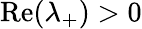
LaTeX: \operatorname{Re}(\lambda_{+})>0